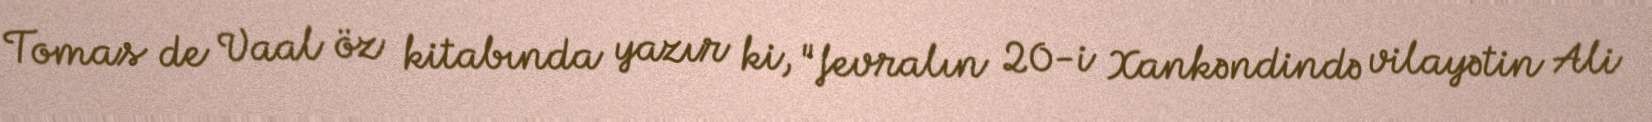
Tomas de Vaal öz kitabında yazır ki, "fevralın 20-i Xankəndində vilayətin Ali